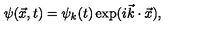
\psi ( { \vec { x } } , t ) = \psi _ { k } ( t ) \exp ( i { \vec { k } } \cdot { \vec { x } } ) ,